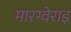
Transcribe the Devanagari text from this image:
मारग्वेराइ